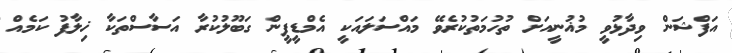
އަފްޝަން ވިދާޅުވީ މުޣުނީއަށް ތުހުމަތުކުރެވޭ މައްސަލައަކީ އެމްޑީޕީން ގަބޫލުކުރާ އަސާސްތަކާ ޚިލާފު ކަމެއް